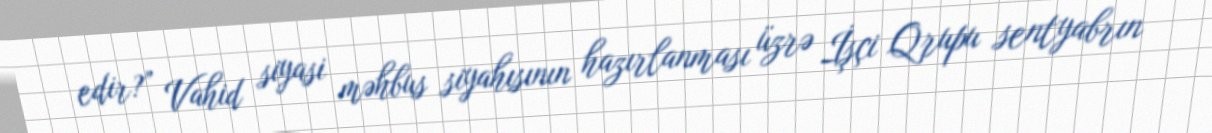
edir?” Vahid siyasi məhbus siyahısının hazırlanması üzrə İşçi Qrupu sentyabrın